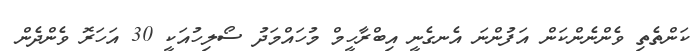
ކަންތެތި ވެންނެންކަން އަފުންނަ އެނގެނީ އިބްރާހީމް މުހައްމަދު ސޯލިހުއަކީ 30 އަހަރޮ ވެންދެން